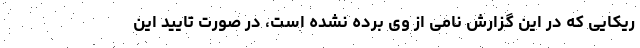
ریکایی که در این گزارش نامی از وی برده نشده است، در صورت تایید این